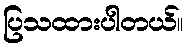
ပြသထားပါတယ်။